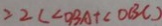
= 2 ( < O B A + \angle O B C )